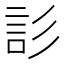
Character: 䚲